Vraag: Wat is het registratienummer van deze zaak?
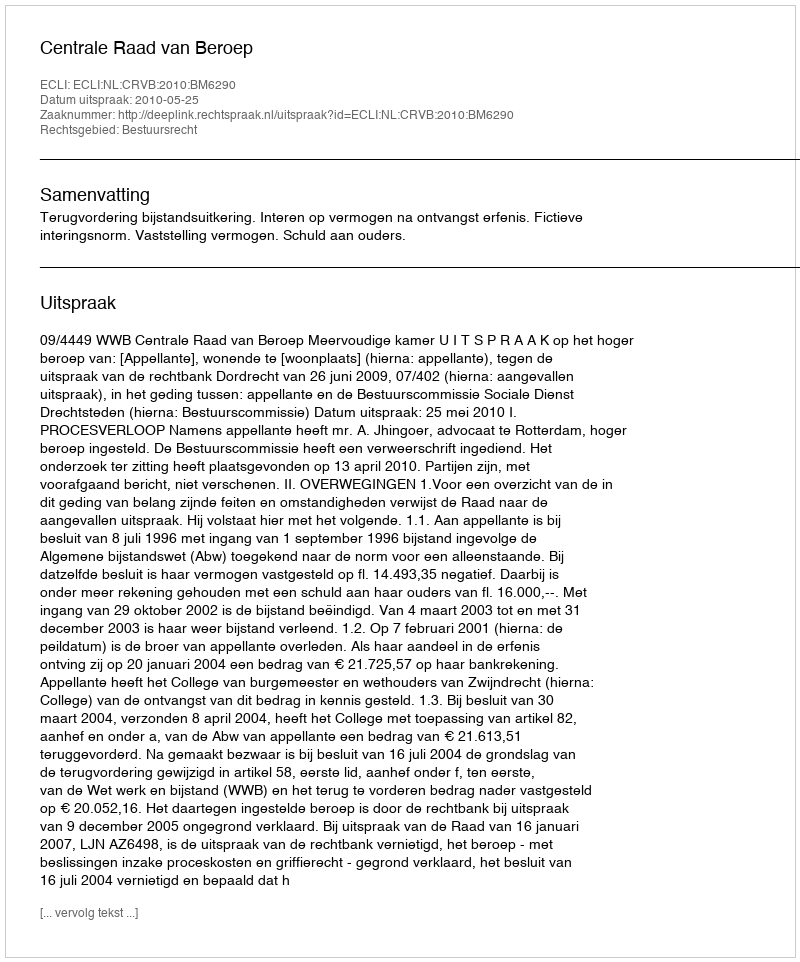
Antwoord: http://deeplink.rechtspraak.nl/uitspraak?id=ECLI:NL:CRVB:2010:BM6290